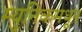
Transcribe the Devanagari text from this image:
म्युनिकमधून